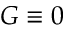
G \equiv 0